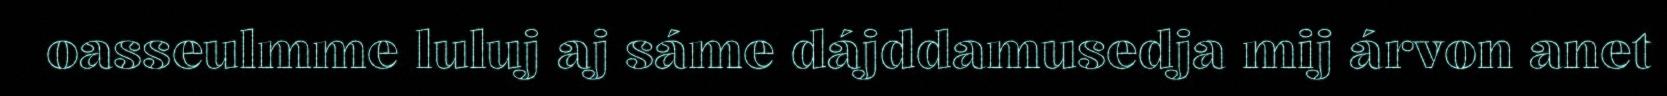
oasseulmme luluj aj sáme dájddamusedja mij árvon anet